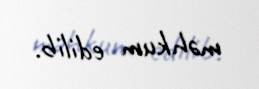
məhkum edilib.